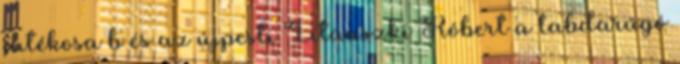
játékosa b és az újpesti Litauszki Róbert a labdarúgó